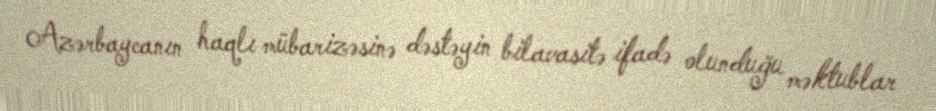
Azərbaycanın haqlı mübarizəsinə dəstəyin bilavasitə ifadə olunduğu məktublar